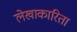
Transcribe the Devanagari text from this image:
लेखाकारिता